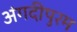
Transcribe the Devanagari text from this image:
अंगदीपुरम